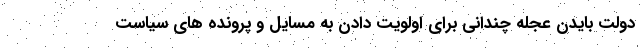
دولت بایدن عجله چندانی برای اولویت دادن به مسایل و پرونده های سیاست